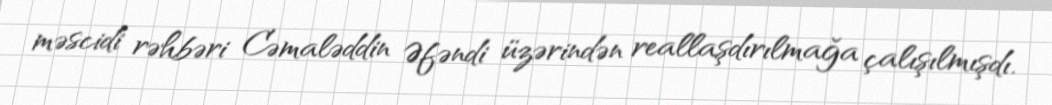
məscidi rəhbəri Cəmaləddin Əfəndi üzərindən reallaşdırılmağa çalışılmışdı.